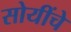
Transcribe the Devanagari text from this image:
सोयींचे